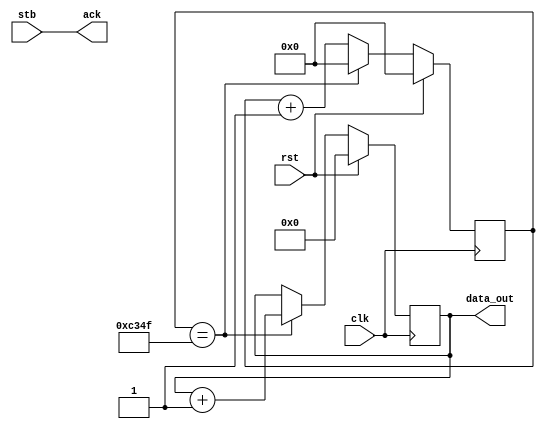
//
// tmr.v -- millisecond timer
//


`timescale 1ns / 1ps
`default_nettype none


module tmr(clk, rst, stb, data_out, ack);
    input clk;
    input rst;
    input stb;
    output [31:0] data_out;
    output ack;

  wire millisec;
  reg [15:0] cnt0;
  reg [31:0] cnt1;

  assign millisec = (cnt0[15:0] == 16'd49999);

  always @(posedge clk) begin
    if (rst) begin
      cnt0[15:0] <= 16'd0;
    end else begin
      if (millisec) begin
        cnt0[15:0] <= 16'd0;
      end else begin
        cnt0[15:0] <= cnt0[15:0] + 16'd1;
      end
    end
  end

  always @(posedge clk) begin
    if (rst) begin
      cnt1[31:0] <= 32'd0;
    end else begin
      if (millisec) begin
        cnt1[31:0] <= cnt1[31:0] + 32'd1;
      end
    end
  end

  assign data_out[31:0] = cnt1[31:0];

  assign ack = stb;

endmodule